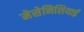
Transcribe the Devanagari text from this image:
मेसेनिशियाई